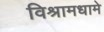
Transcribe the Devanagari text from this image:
विश्रामधामे